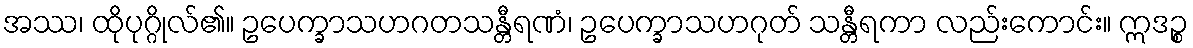
အဿ၊ ထိုပုဂ္ဂိုလ်၏။ ဥပေက္ခာသဟဂတသန္တီရဏံ၊ ဥပေက္ခာသဟဂုတ် သန္တီရကာ လည်းကောင်း။ ဣဒဉ္စ